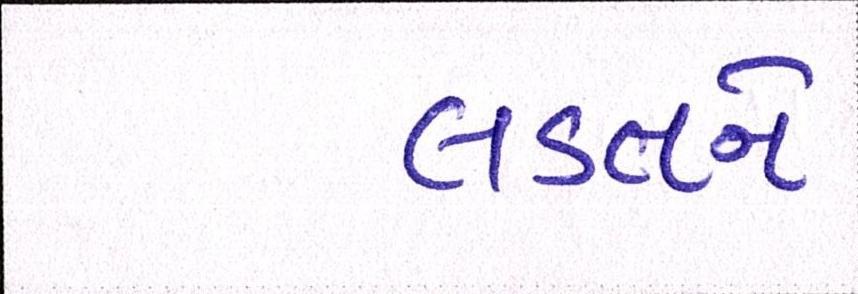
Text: લડતને